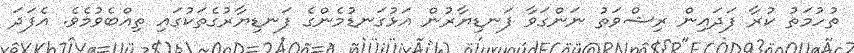
ތުހުމަތު ކުރާ ފަދައިން ރިޝްވަތު ނަންގަވާ ފަނޑިޔާރުން އަޅުގަނޑުމެންގެ ފަނޑިޔާރުގެތަކުގައި ތިއްބެވުމެވެ. އެފަދަ